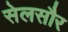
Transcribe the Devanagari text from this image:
सेलसौर